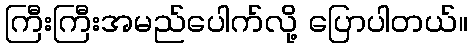
ကြီးကြီးအမည်ပေါက်လို့ ပြောပါတယ်။